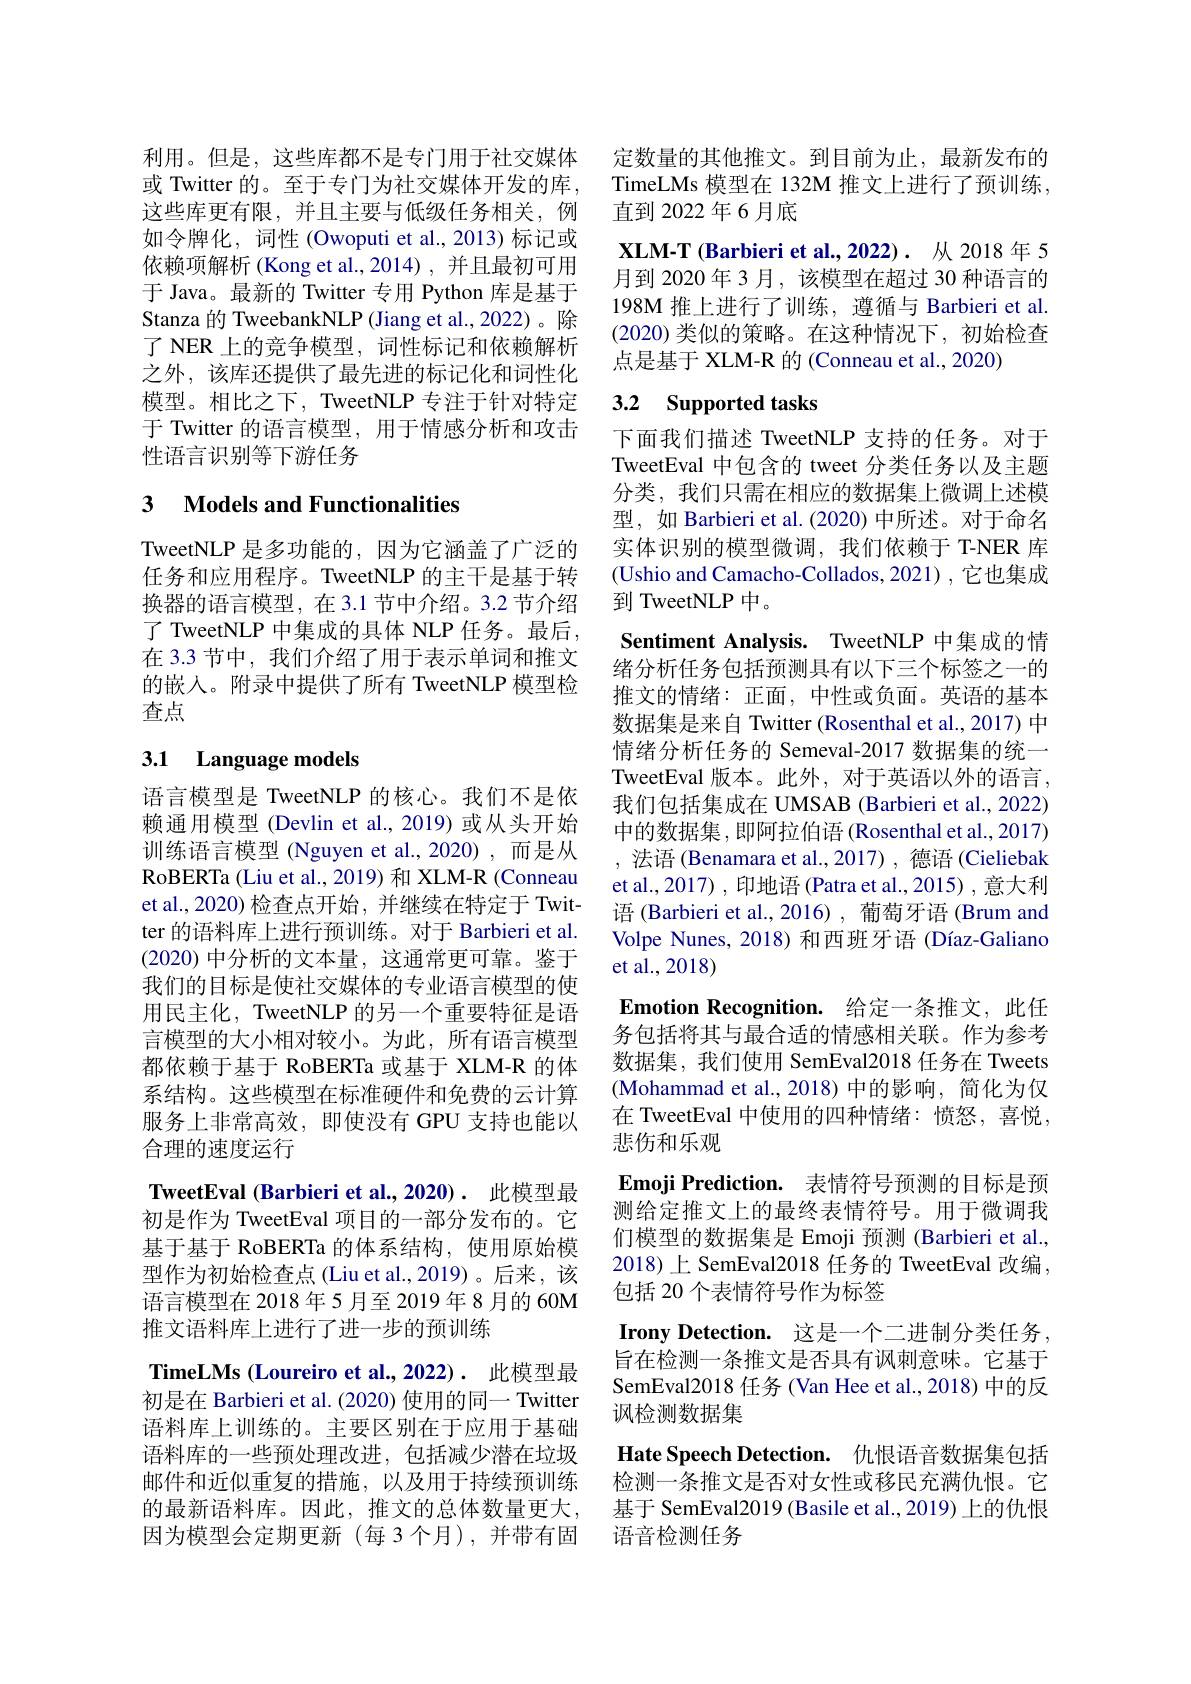
利用。但是，这些库都不是专门用于社交媒体或 Twitter 的。至于专门为社交媒体开发的库， 这些库更有限，并且主要与低级任务相关，例如令牌化，词性(Owoputi et al.,2013)标记或依赖项解析 (Kong et al.,2014) ,并且最初可用于 Java。最新的 Twitter 专用 Python 库是基于Stanza 的 TweebankNLP (Jiang et al.,2022)。除了 NER 上的竞争模型，词性标记和依赖解析之外，该库还提供了最先进的标记化和词性化模型。相比之下，TweetNLP 专注于针对特定于 Twitter 的语言模型，用于情感分析和攻击性语言识别等下游任务

## 3 Models and Functionalities

TweetNLP 是多功能的，因为它涵盖了广泛的任务和应用程序。TweetNLP 的主干是基于转换器的语言模型，在3.1 节中介绍。3.2 节介绍了 TweetNLP 中集成的具体 NLP 任务。最后， 在 3.3 节中，我们介绍了用于表示单词和推文的嵌入。附录中提供了所有 TweetNLP 模型检查点

## 3.1 Language models

语言模型是 TweetNLP 的核心。我们不是依赖通用模型 (Devlin et al.,2019) 或从头开始训练语言模型 (Nguyen et al.,2020) ,而是从RoBERTa (Liu et al., 2019) 和 XLM-R (Conneau et al., 2020) 检查点开始 , 并继续在特定于 Twitter 的语料库上进行预训练。对于 Barbieri et al. (2020)中分析的文本量，这通常更可靠。鉴于我们的目标是使社交媒体的专业语言模型的使用民主化，TweetNLP 的另一个重要特征是语言模型的大小相对较小。为此，所有语言模型都依赖于基于 RoBERTa 或基于 XLM-R 的体系结构。这些模型在标准硬件和免费的云计算服务上非常高效，即使没有 GPU 支持也能以合理的速度运行
TweetEval (Barbieri et al.,2020). 此模型最初是作为 TweetEval 项目的一部分发布的。它基于基于 RoBERTa 的体系结构，使用原始模型作为初始检查点 (Liu et al.,2019)。后来，该语言模型在 2018 年 5 月至 2019 年 8 月的 60M 推文语料库上进行了进一步的预训练
TimeLMs (Loureiro et al.,2022). 此模型最初是在 Barbieri et al. (2020) 使用的同一 Twitter 语料库上训练的。主要区别在于应用于基础语料库的一些预处理改进，包括减少潜在垃圾邮件和近似重复的措施，以及用于持续预训练的最新语料库。因此，推文的总体数量更大， 因为模型会定期更新(每3个月),并带有固

定数量的其他推文。到目前为止，最新发布的TimeLMs 模型在 132M 推文上进行了预训练， 直到 2022年6月底
$\textbf{XLM- T ( Barbieri et al. , 2022) . 从 2018 年 5}$ 月到 2020 年 3 月，该模型在超过 30 种语言的198M 推上进行了训练，遵循与 Barbieri et al. (2020)类似的策略。在这种情况下，初始检查点是基于 XLM-R 的 (Conneau et al., 2020)

### 3.2 Supported tasks

下面我们描述 TweetNLP 支持的任务。对于TweetEval 中包含的 tweet 分类任务以及主题分类，我们只需在相应的数据集上微调上述模型，如 Barbieri et al.(2020) 中所述。对于命名实体识别的模型微调，我们依赖于 T-NER 库(Ushio and Camacho-Collados, 2021), 它也集成到 TweetNLP 中。
Sentiment Analysis. TweetNLP 中集成的情绪分析任务包括预测具有以下三个标签之一的推文的情绪：正面，中性或负面。英语的基本数据集是来自 Twitter (Rosenthal et al., 2017) 中情绪分析任务的 Semeval-2017 数据集的统一TweetEval 版本。此外，对于英语以外的语言， 我们包括集成在 UMSAB (Barbieri et al., 2022) 中的数据集，即阿拉伯语(Rosenthal et al., 2017) ,法语 (Benamara et al.,2017) , 德语 (Cieliebak et al., 2017) , 印地语 (Patra et al., 2015) , 意大利语 (Barbieri et al., 2016) , 葡萄牙语 (Brum and Volpe Nunes, 2018) 和西班牙语 (Díaz-Galiano et al.,2018)
Emotion Recognition. 给定一条推文，此任务包括将其与最合适的情感相关联。作为参考数据集，我们使用 SemEval2018 任务在 Tweets (Mohammad et al.,2018)中的影响，简化为仅在 TweetEval 中使用的四种情绪：愤怒，喜悦， 悲伤和乐观
$\textbf{Emoji Prediction. }$ 表情符号预测的目标是预测给定推文上的最终表情符号。用于微调我们模型的数据集是 Emoji 预测 (Barbieri et al., 2018)上 SemEval2018 任务的 TweetEval 改编， 包括 20 个表情符号作为标签
$\textbf{Irony Detection. 这 是 一 个 二 进 制 分 类 任 务 }$, 旨在检测一条推文是否具有讽刺意味。它基于SemEval2018 任务 (Van Hee et al., 2018) 中的反讽检测数据集
Hate Speech Detection. 仇恨语音数据集包括检测一条推文是否对女性或移民充满仇恨。它基于 SemEval2019 (Basile et al., 2019) 上的仇恨语音检测任务